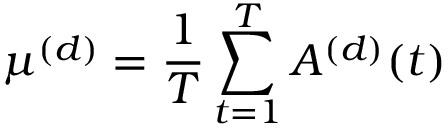
\mu ^ { ( d ) } = \frac { 1 } { T } \sum _ { t = 1 } ^ { T } A ^ { ( d ) } ( t )